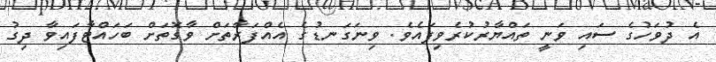
އެ ދުވަހުގެ ސައި ވަނީ ތައްޔާރުކުރެވިފައެވެ. ވިނަގަނޑުގެ އެއްފަރާތަށް ވާގޮތަށް ބަހައްޓާފައިވާ ދިގު